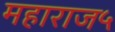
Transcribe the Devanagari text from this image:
महाराज५